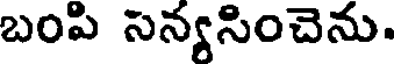
బంపి సన్యసించెను.